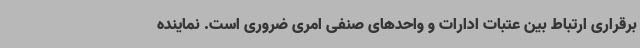
برقراری ارتباط بین عتبات ادارات و واحدهای صنفی امری ضروری است. نماینده